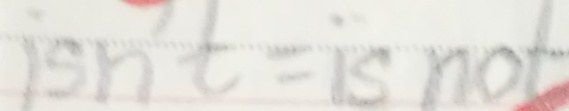
1 s n t = 1 s n o t